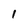
Character: I